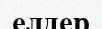
елдер